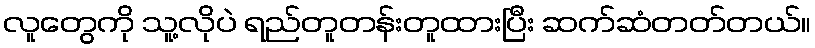
လူတွေကို သူ့လိုပဲ ရည်တူတန်းတူထားပြီး ဆက်ဆံတတ်တယ်။